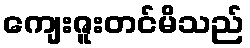
ကျေးဇူးတင်မိသည်